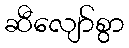
ဆီလျော်စွာ